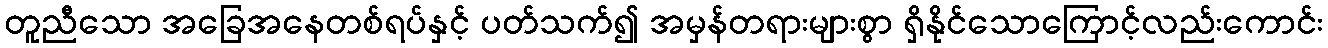
တူညီသော အခြေအနေတစ်ရပ်နှင့် ပတ်သက်၍ အမှန်တရားများစွာ ရှိနိုင်သောကြောင့်လည်းကောင်း